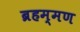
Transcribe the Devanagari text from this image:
ब्रहम्मण